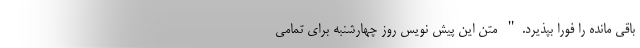
باقی مانده را فورا بپذیرد." متن این پیش نویس روز چهارشنبه برای تمامی